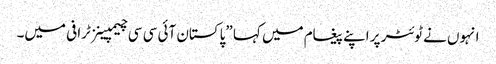
انہوں نے ٹوئٹر پر اپنے پیغام میں کہا ”پاکستان آئی سی سی چیمپینز ٹرافی میں۔